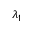
\lambda _ { 1 }